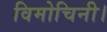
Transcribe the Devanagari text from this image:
विमोचिनी।